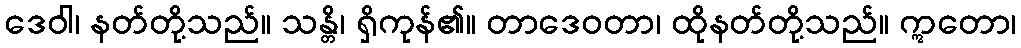
ဒေဝါ၊ နတ်တို့သည်။ သန္တိ၊ ရှိကုန်၏။ တာဒေဝတာ၊ ထိုနတ်တို့သည်။ ဣတော၊